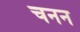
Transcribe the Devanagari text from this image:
चनन